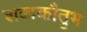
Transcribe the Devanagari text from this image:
शब्दकौतुभ